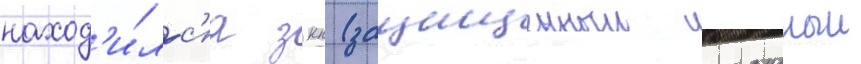
наход'и́лс'я зкп (защищенныи командныи